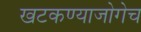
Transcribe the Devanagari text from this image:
खटकण्याजोगेच